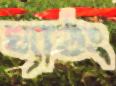
ঘ্যাঠং